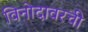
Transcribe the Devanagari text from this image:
विनोदावरची